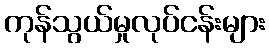
ကုန်သွယ်မှုလုပ်ငန်းများ